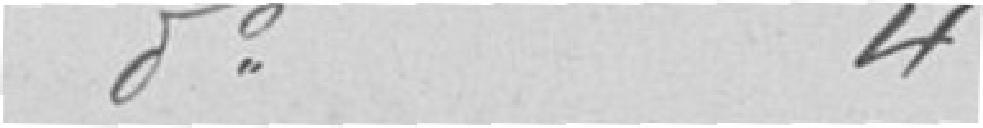
Rue du Nord 4